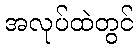
အလုပ်ထဲတွင်